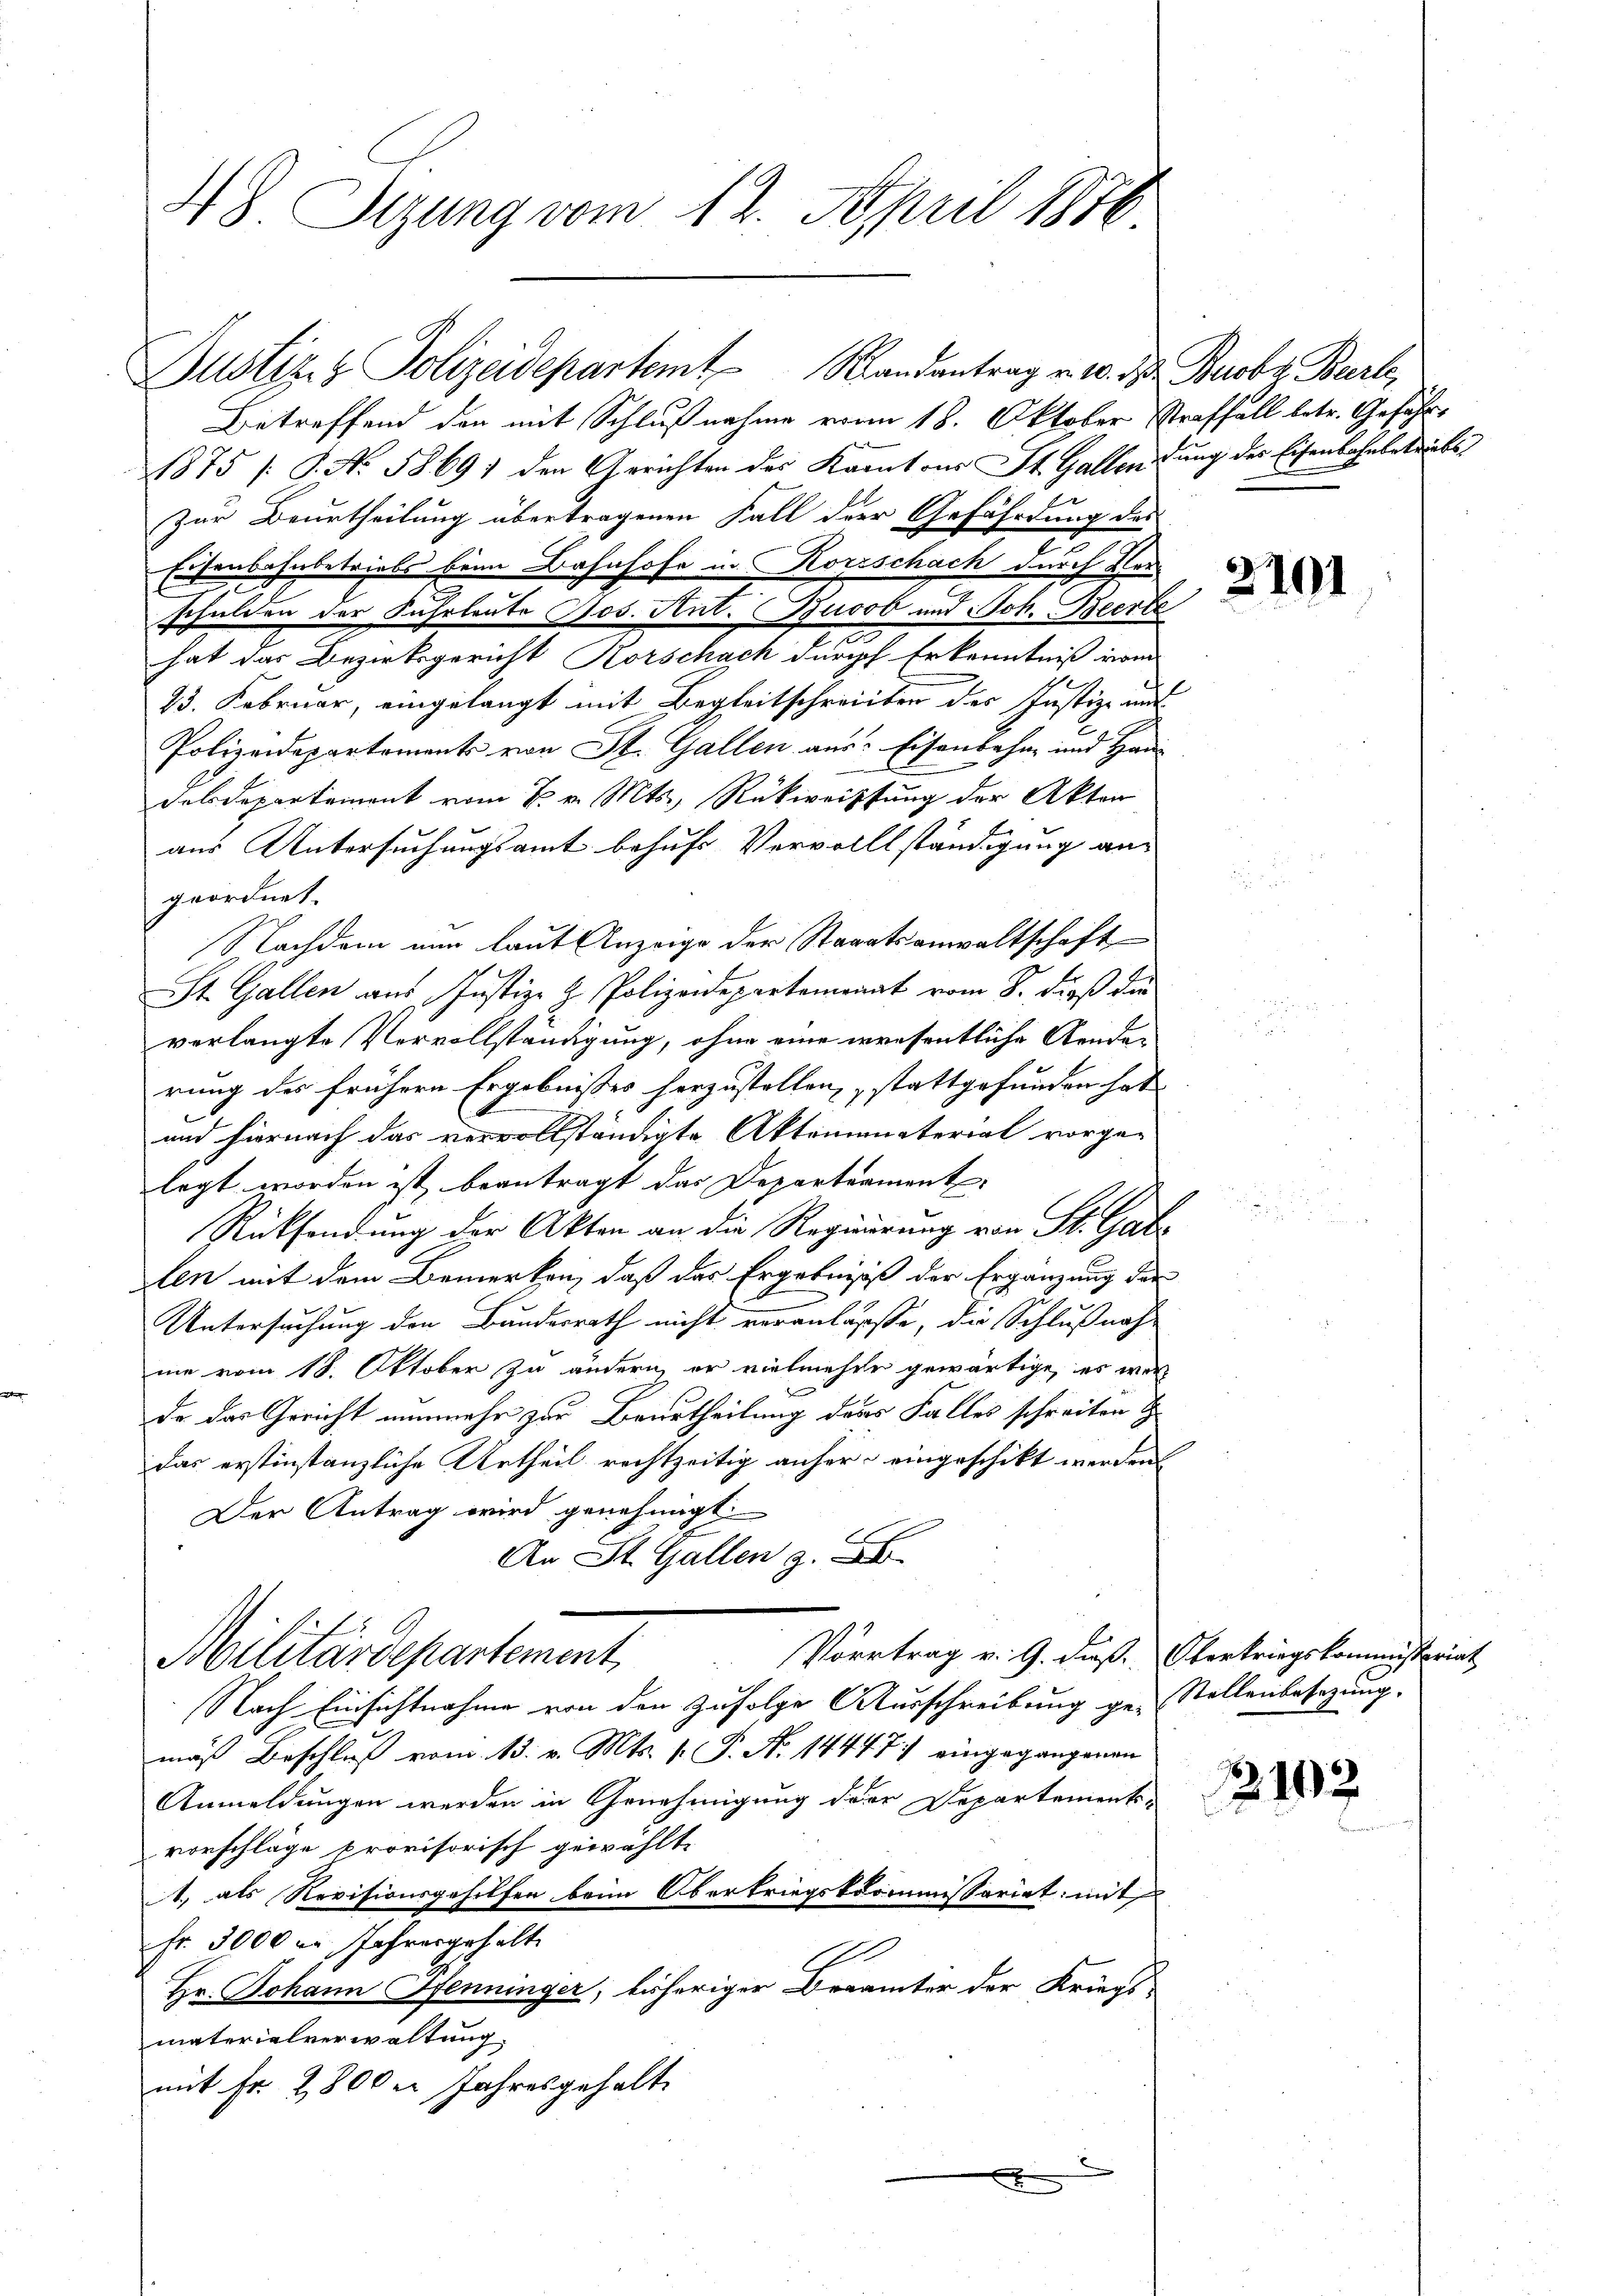
48. Sizung vom 12. April 1876

Betreffend den mit Schlußnahme vom 18. Oktober Straffall betr. Geführ
1875 /S. No. 5869) den Gerichten des Kantons St. Gallendung der Eisenbahnbetriebs
Zur Beurtheilung übertragenen Fall der Gefährdung des
Eisenbahnbetriebs beim Bahnhofe in Korischach durch Verschulden der Fuhrleute Jos. Ant. Buoob und Joh. Beerte
hat das Bezirksgericht Korschach durch Erkenntniß vom
23. Februar, eingelangt mit Begleitschreiben der Justiz- und
Polizeidepartements von St. Gallen aus Eisenbahn und Han¬
Felsdepartement vom 2. v. Mts., Rückweistung der Akten
aus Untersuchungsamt behufs Vervollständigung an
geordnet.
Nachdem nun laut Anzeige der Staaatsanwaltschaft
St. Gallen aus Justiz- & Polizeidepartemonat vom 8. dieß die
verlangte Vervollständigung, ohne eine erwesentliche Aenden
rung des frühern Ergebnisses herzustellen, stattgefunden hat
und hiernach das vervollständigte Aktomimaterial vorgelegt worden ist, beantragt das Departeament
Rücksendung der Akten an die Regierung von St. Gab
len mit dem Bemerken, daß das Ergebnis der Ergänzung der
Untersuchung den Bundesrath nicht veranlasste, die Schlußnah-
me vom 18. Oktober zu ändern, er vielmehre gewärtige, es wer
de das Gericht nunmehr zur Beurtheilung des Falles schreiten
das erstinstanzliche Urtheil rechtzeitig anher eingeschikt werden.
Der Antrag wird genehmigt
An St. Gallen z. B.
Vortrag v. 9. dieß. Oberkriegskommissariat
Militärdepartement
Nach Einsichtnahme von den Zufolge Ausschreibung ge-Stellenbesizung.
mäß Beschluß vom 13. v. Mts. k. P. Nr. 14447) eingegangenen
Anmeldungen werden in Genehmigung dere Departements-
vorschläge provisorisch gewählte
1) als Revisionsgehilfen beim Oberkriegskommissariat mit
fr. 3000 er Jahresgehalt.
Hr. Johann Henninger, bisheriger Berämter der Kriegs-
materialverwaltung.
mit Fr. 2800er Jahresgehalt
x

Justiz & Polizeidepartemt Randantrag u. w. der Beobz Barle,

2101

2102